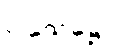
ဝါသေဋ္ဌော